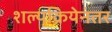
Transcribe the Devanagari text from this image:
शल्यक्रियेनंतर